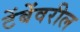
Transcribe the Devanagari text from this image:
टेंबेंवरील